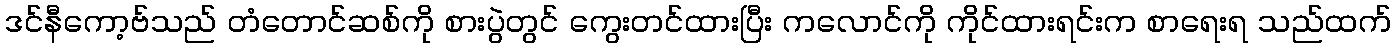
ဒင်နီကော့ဗ်သည် တံတောင်ဆစ်ကို စားပွဲတွင် ကွေးတင်ထားပြီး ကလောင်ကို ကိုင်ထားရင်းက စာရေးရ သည်ထက်